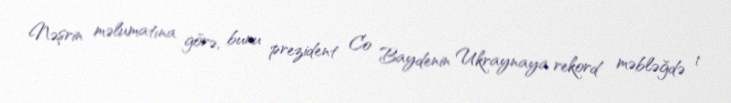
Nəşrin məlumatına görə, bunu prezident Co Baydenin Ukraynaya rekord məbləğdə 1